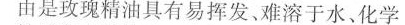
由是玫瑰精油具有易挥发、难溶于水、化学